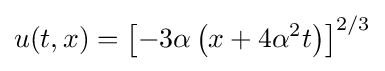
u(t,x)=\left[-3\alpha \left(x+4\alpha ^{2}t\right)\right]^{2/3}